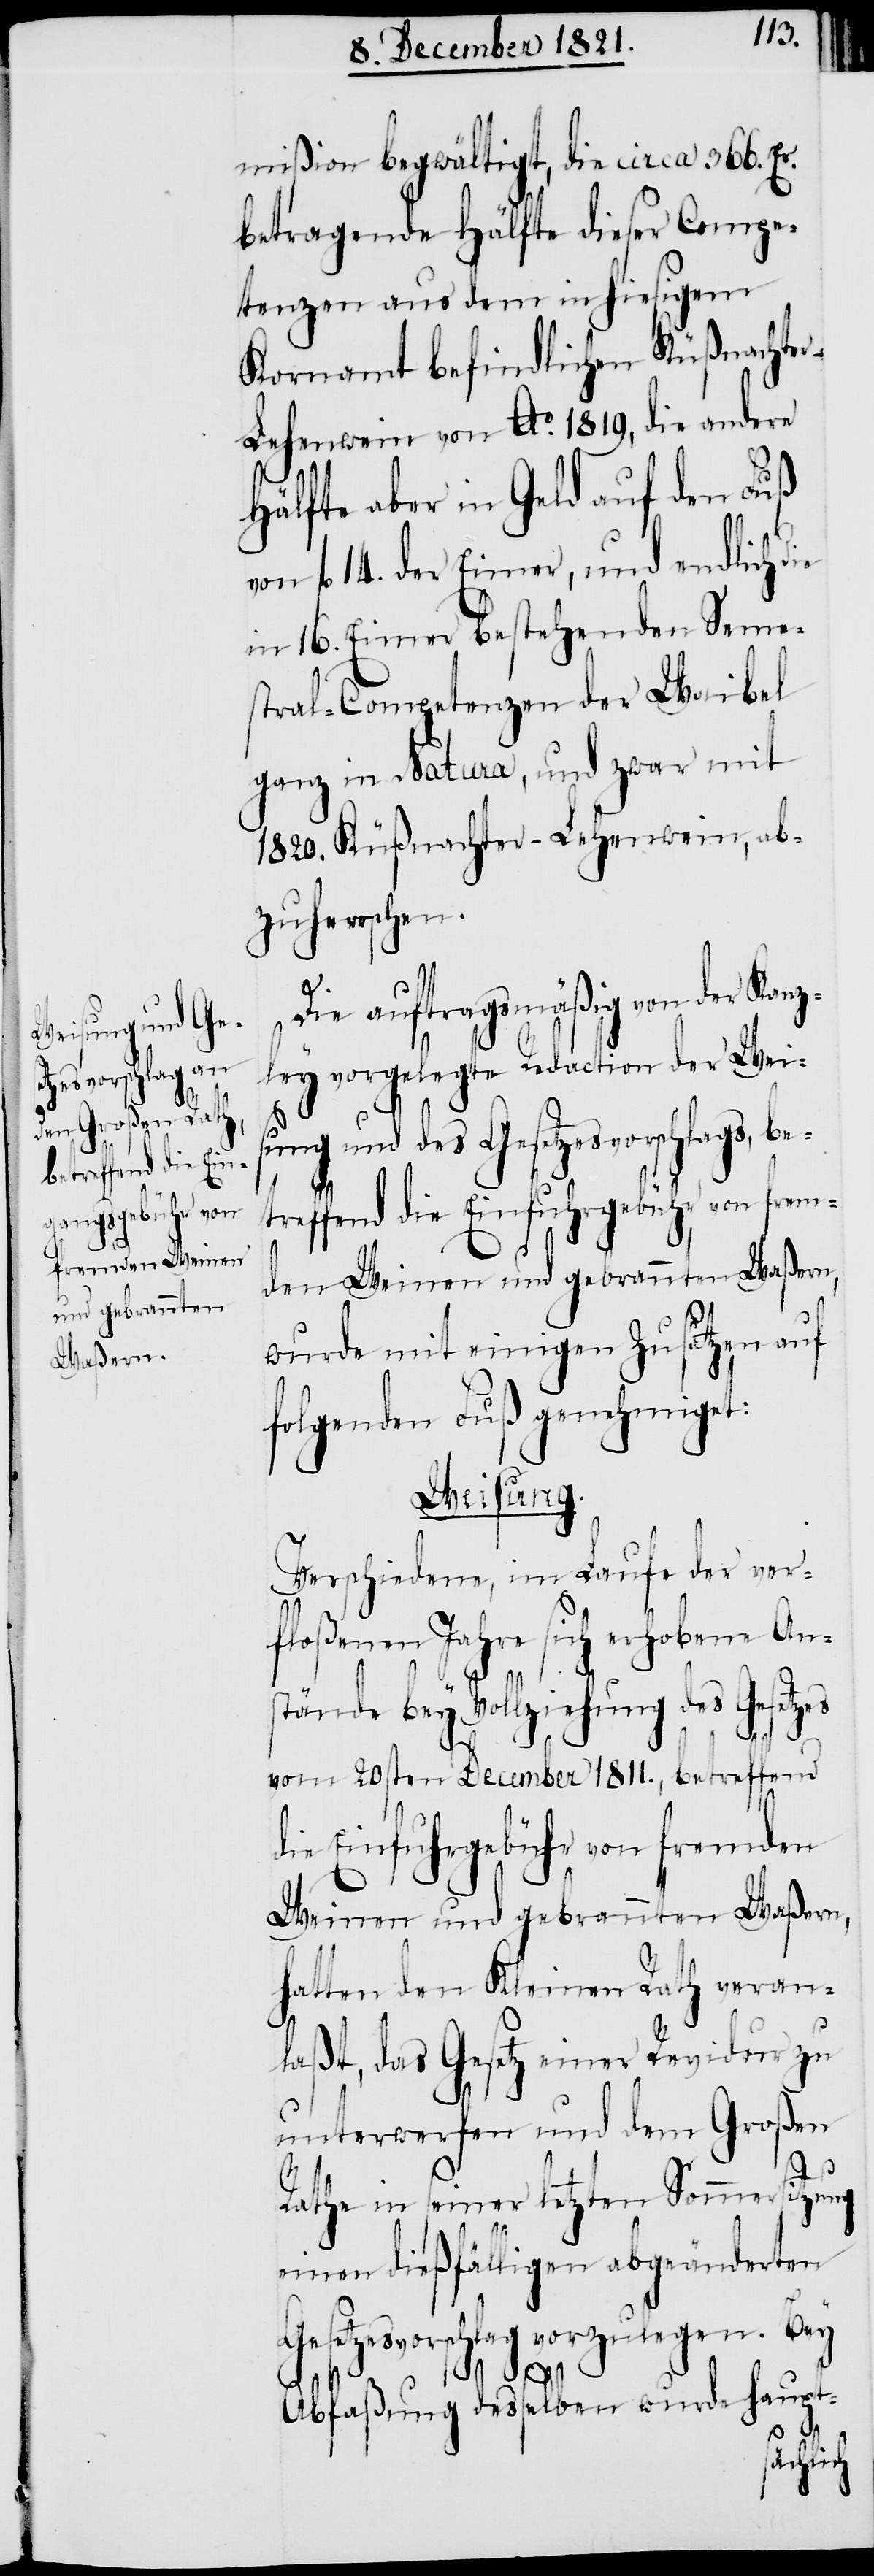
betreffend

mißion begwältigt, die circa 366. Er.
betragende Hälfte dieser Compe¬
tenzen aus dem in hiesigem
Kornamt befindlichen Küßnachte¬
r-Lehenwein von Ao. 1819., die andere
Hälfte aber in Geld auf den Fuß
von fl. 14. der Eimer, und endlich die
in 16. Eimer bestehenden Seme¬
stral-Competenzen der Weibel
ganz in Natura, und zwar mit
1820. Küßnachter-Lehenwein, ab¬
zuherrschen.
Die auftragsmäßig von der Kanz¬
ley vorgelegte Redaction der Weis¬
ung und des Gesetzesvorschlags,
wurde mit einigen Zusätzen auf
folgenden Fuß genehmiget:
Weisung.
Verschiedene, im Laufe der ver¬
floßenen Jahre sich erhobene Ans¬
tände bey Vollziehung des Gesetzes
vom 20sten December 1811., betreffend
die Einfuhrgebühr von fremden
Weinen und gebrannten Waßern,
hatten den Kleinen Rath veran¬
laßt, das Gesetz einer Revidur zu
unterwerfen und dem Großen
Rathe in seiner letzten Sommersitzung
einen dießfälligen abgeänderten
Gesetzesvorschlag vorzulegen. Bey
Abfaßung desselben wurde haupt-